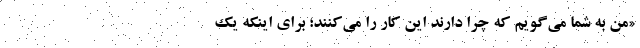
«من به شما می‌گویم که چرا دارند این کار را می‌کنند؛ برای اینکه یک